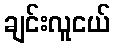
ချင်းလူငယ်